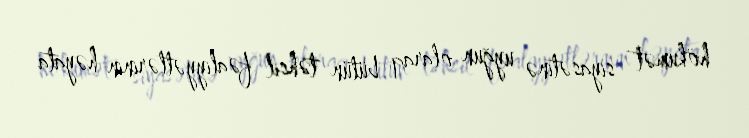
hökumət siyasətinə uyğun olaraq bütün təhsil fəaliyyətlərinin həyata